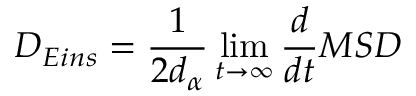
D _ { E i n s } = \frac { 1 } { 2 d _ { \alpha } } \operatorname* { l i m } _ { t \rightarrow \infty } \frac { d } { d t } M S D